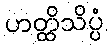
ဟတ္ထိသိပ္ပံ